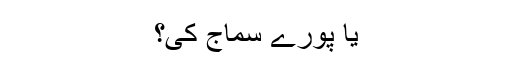
یا پورے سماج کی؟